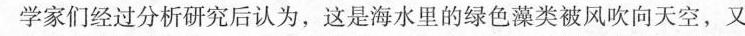
学家们经过分析研究后认为，这是海水里的绿色藻类被风吹向天空，又